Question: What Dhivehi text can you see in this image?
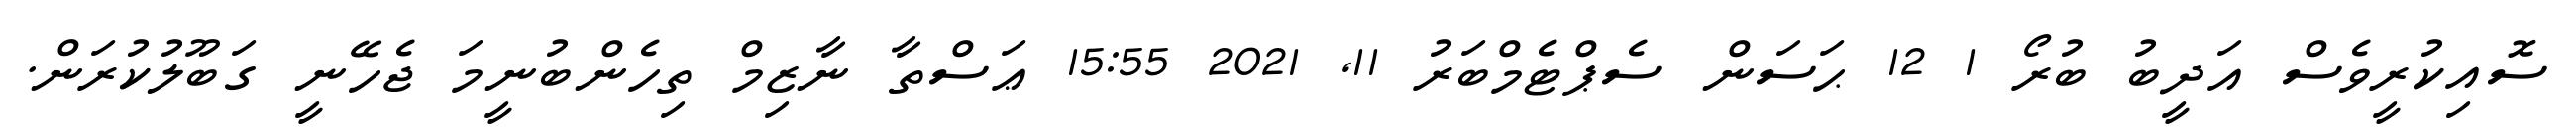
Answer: ސޮއިކުރީވެސް އަދީބު ބުރޯ 1 12 ޙަސަން ސެޕްޓެމްބަރު 11, 2021 15:55 ޢަސްތާ ނާޒިމް ތިހެންބުނީމަ ޖެހޭނީ ގަބޫލުކުރަން.